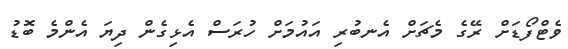
ވެޓްފޯޑަށް ރޭގެ މެޗަށް އެނބުރި އައުމަށް ހުރަސް އެޅިގެން ދިޔަ އެންމެ ބޮޑު